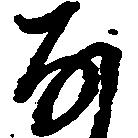
な